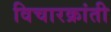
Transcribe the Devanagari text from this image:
विचारक्रांती